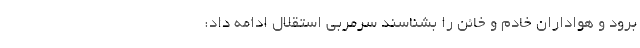
برود و هواداران خادم و خائن را بشناسند سرمربی استقلال ادامه داد: